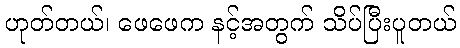
ဟုတ်တယ်၊ ဖေဖေက နင့်အတွက် သိပ်ပြီးပူတယ်